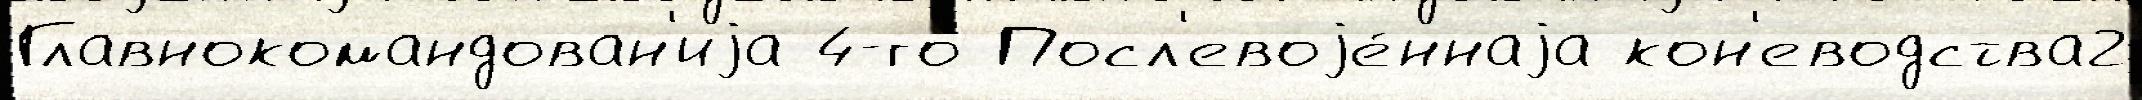
Главнокомандован'иjа 4-го Посл'евоjе́ннаjа кон'еводства2